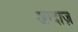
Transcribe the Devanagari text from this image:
अम्दाज़